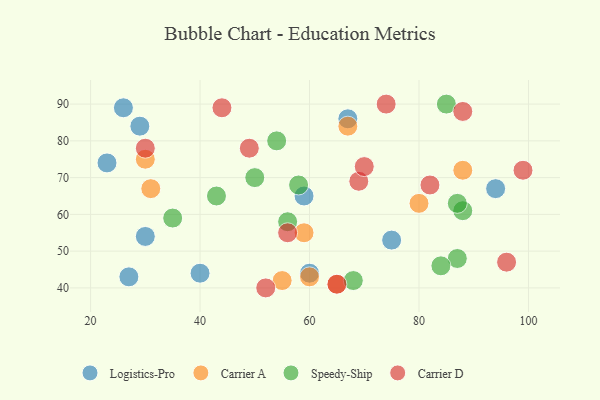
{"axis": {"x": "GDP", "y": "Life Expectancy"}, "legend": ["Carrier A", "Carrier D", "Logistics-Pro", "Speedy-Ship"], "data": [{"x": "94", "y": 67, "type": "Logistics-Pro"}, {"x": "75", "y": 53, "type": "Logistics-Pro"}, {"x": "59", "y": 65, "type": "Logistics-Pro"}, {"x": "60", "y": 44, "type": "Logistics-Pro"}, {"x": "26", "y": 89, "type": "Logistics-Pro"}, {"x": "67", "y": 86, "type": "Logistics-Pro"}, {"x": "30", "y": 54, "type": "Logistics-Pro"}, {"x": "29", "y": 84, "type": "Logistics-Pro"}, {"x": "27", "y": 43, "type": "Logistics-Pro"}, {"x": "23", "y": 74, "type": "Logistics-Pro"}, {"x": "40", "y": 44, "type": "Logistics-Pro"}, {"x": "60", "y": 43, "type": "Carrier A"}, {"x": "31", "y": 67, "type": "Carrier A"}, {"x": "80", "y": 63, "type": "Carrier A"}, {"x": "30", "y": 75, "type": "Carrier A"}, {"x": "88", "y": 72, "type": "Carrier A"}, {"x": "59", "y": 55, "type": "Carrier A"}, {"x": "55", "y": 42, "type": "Carrier A"}, {"x": "65", "y": 41, "type": "Carrier A"}, {"x": "67", "y": 84, "type": "Carrier A"}, {"x": "88", "y": 61, "type": "Speedy-Ship"}, {"x": "54", "y": 80, "type": "Speedy-Ship"}, {"x": "35", "y": 59, "type": "Speedy-Ship"}, {"x": "85", "y": 90, "type": "Speedy-Ship"}, {"x": "43", "y": 65, "type": "Speedy-Ship"}, {"x": "50", "y": 70, "type": "Speedy-Ship"}, {"x": "56", "y": 58, "type": "Speedy-Ship"}, {"x": "87", "y": 48, "type": "Speedy-Ship"}, {"x": "87", "y": 63, "type": "Speedy-Ship"}, {"x": "58", "y": 68, "type": "Speedy-Ship"}, {"x": "84", "y": 46, "type": "Speedy-Ship"}, {"x": "68", "y": 42, "type": "Speedy-Ship"}, {"x": "52", "y": 40, "type": "Carrier D"}, {"x": "44", "y": 89, "type": "Carrier D"}, {"x": "30", "y": 78, "type": "Carrier D"}, {"x": "65", "y": 41, "type": "Carrier D"}, {"x": "96", "y": 47, "type": "Carrier D"}, {"x": "56", "y": 55, "type": "Carrier D"}, {"x": "69", "y": 69, "type": "Carrier D"}, {"x": "88", "y": 88, "type": "Carrier D"}, {"x": "82", "y": 68, "type": "Carrier D"}, {"x": "49", "y": 78, "type": "Carrier D"}, {"x": "99", "y": 72, "type": "Carrier D"}, {"x": "70", "y": 73, "type": "Carrier D"}, {"x": "74", "y": 90, "type": "Carrier D"}]}